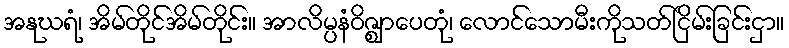
အနုဃရံ၊ အိမ်တိုင်အိမ်တိုင်း။ အာလိမ္ပနံဝိဇ္ဈာပေတုံ၊ လောင်သောမီးကိုသတ်ငြိမ်းခြင်းငှာ။